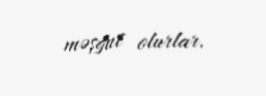
məşğul olurlar.